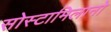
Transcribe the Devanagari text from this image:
सोस्टामिलानो